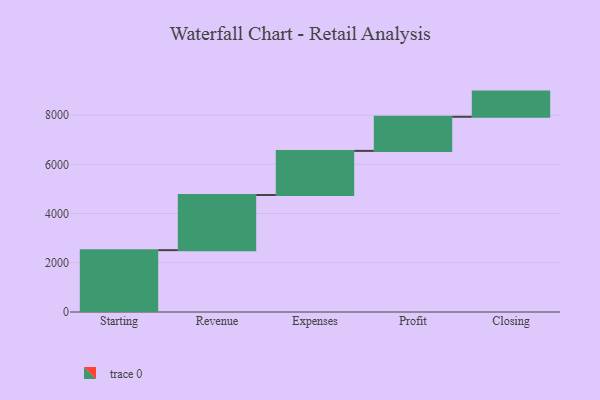
{"axis": {"x": "Step", "y": "Value"}, "legend": [""], "data": [{"x": "Starting", "y": 2512.0, "type": ""}, {"x": "Revenue", "y": 2240.0, "type": ""}, {"x": "Expenses", "y": 1793.0, "type": ""}, {"x": "Profit", "y": 1385.0, "type": ""}, {"x": "Closing", "y": 1023.0, "type": ""}]}